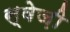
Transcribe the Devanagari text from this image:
स्वेज़ी